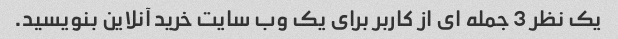
یک نظر 3 جمله ای از کاربر برای یک وب سایت خرید آنلاین بنویسید.